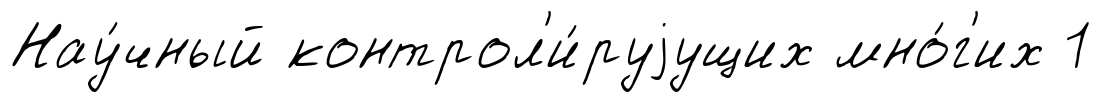
Нау́чный контрол'и́руjущих мно́г'их 1